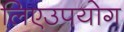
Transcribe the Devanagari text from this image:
लिएउपयोग